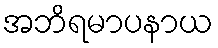
အဘိရမာပနာယ